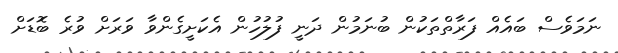
ނަމަވެސް ބައެއް ފަރާތްތަކުން ބުނަމުން ދަނީ ފުލުހުން އެކަށީގެންވާ ވަރަށް ވުރެ ބޮޑަށް